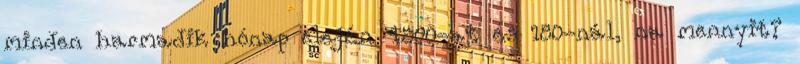
minden harmadik hónap elején 4500-at és 180-nál, na mennyit?